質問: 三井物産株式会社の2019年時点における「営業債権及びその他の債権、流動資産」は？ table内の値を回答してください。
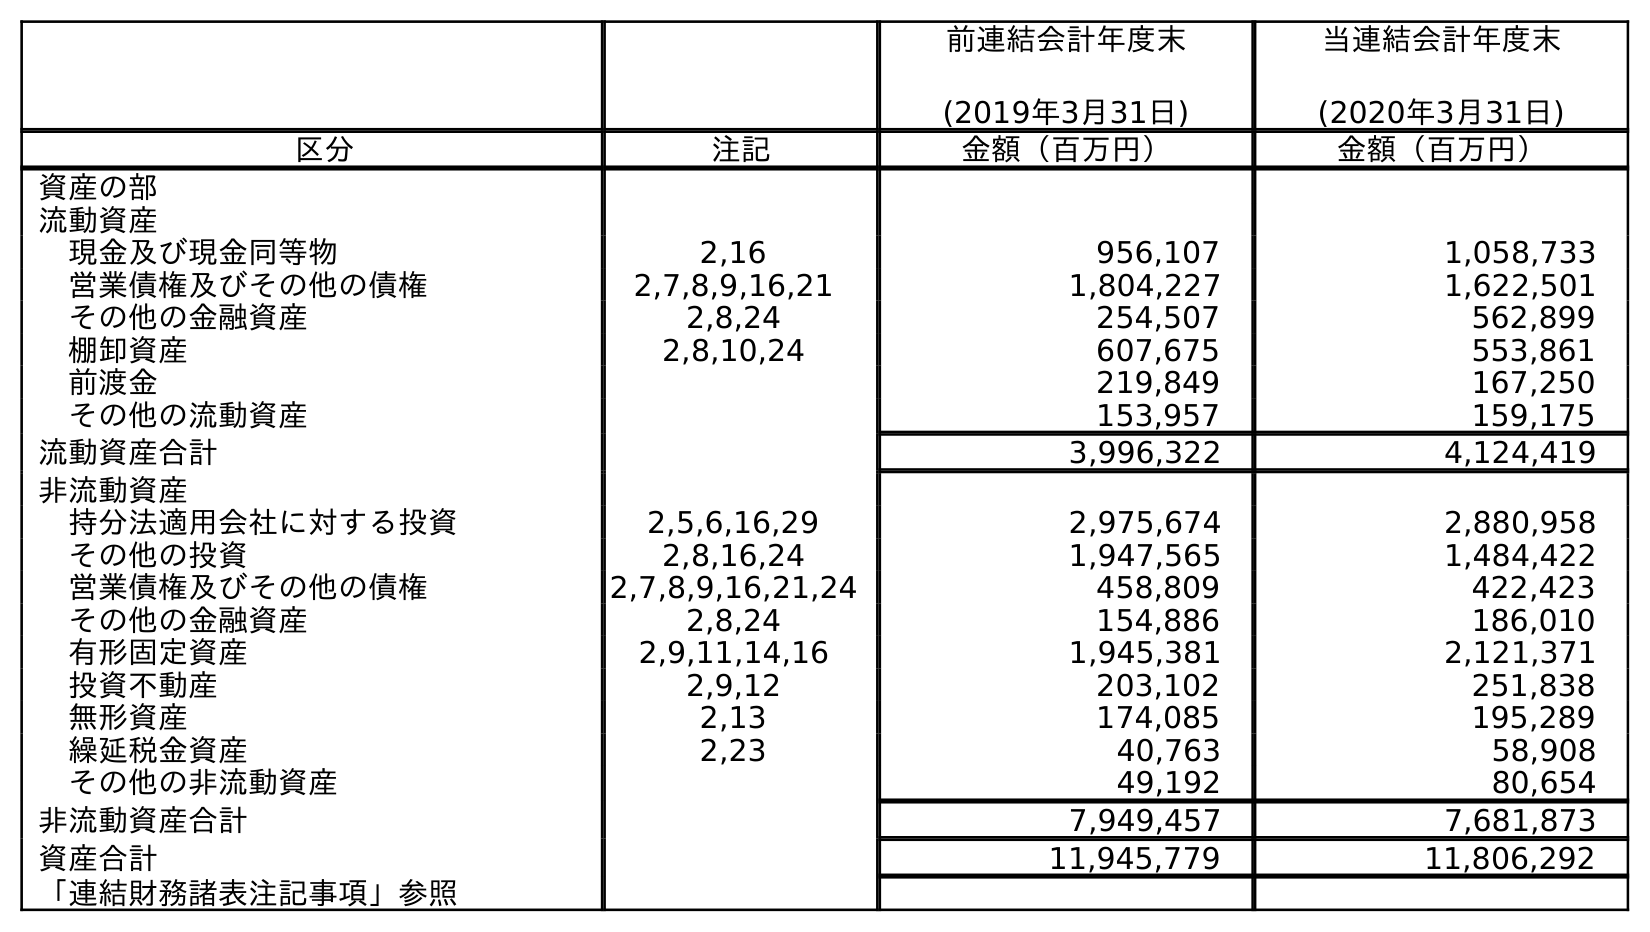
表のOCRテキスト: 前連結会計年度末 (2019年3月31日) 当連結会計年度末 (2020年3月31日) 区分 注記 金額（百万円） 金額（百万円） 資産の部 流動資産 現金及び現金同等物 2,16 956,107 1,058,733 営業債権及びその他の債権 2,7,8,9,16,21 1,804,227 1,622,501 その他の金融資産 2,8,24 254,507 562,899 棚卸資産 2,8,10,24 607,675 553,861 前渡金 219,849 167,250 その他の流動資産 153,957 159,175 流動資産合計 3,996,322 4,124,419 非流動資産 持分法適用会社に対する投資 2,5,6,16,29 2,975,674 2,880,958 その他の投資 2,8,16,24 1,947,565 1,484,422 営業債権及びその他の債権 2,7,8,9,16,21,24 458,809 422,423 その他の金融資産 2,8,24 154,886 186,010 有形固定資産 2,9,11,14,16 1,945,381 2,121,371 投資不動産 2,9,12 203,102 251,838 無形資産 2,13 174,085 195,289 繰延税金資産 2,23 40,763 58,908 その他の非流動資産 49,192 80,654 非流動資産合計 7,949,457 7,681,873 資産合計 11,945,779 11,806,292 「連結財務諸表注記事項」参照
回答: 1,804,227